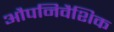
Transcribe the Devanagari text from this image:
औपनिवैशिक